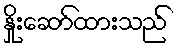
နှိုးဆော်ထားသည်